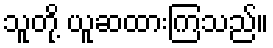
သူတို့ ယူဆထားကြသည်။